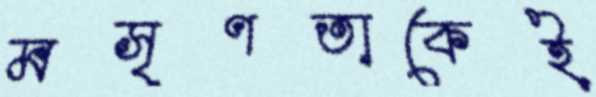
মসৃণতাকেই